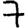
Digit: 7